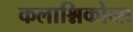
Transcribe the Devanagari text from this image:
कलाश्निकोव्स